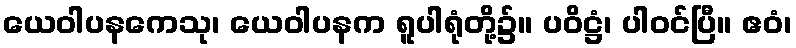
ယေဝါပနကေသု၊ ယေဝါပနက ရူပါရုံတို့၌။ ပဝိဋ္ဌံ၊ ပါဝင်ပြီ။ ဧဝံ၊